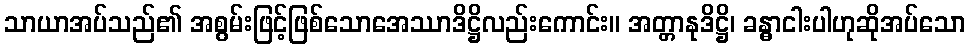
သာယာအပ်သည်၏ အစွမ်းဖြင့်ဖြစ်သောအေဿာဒိဋ္ဌိလည်းကောင်း။ အတ္တာနုဒိဋ္ဌိ၊ ခန္ဓာငါးပါဟုဆိုအပ်သော